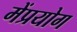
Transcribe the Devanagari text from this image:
मेंप्रयोग